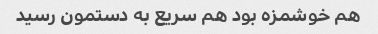
هم خوشمزه بود هم سریع به دستمون رسید